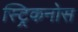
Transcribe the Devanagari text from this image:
स्ट्रिकनोस